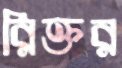
রিক্তর